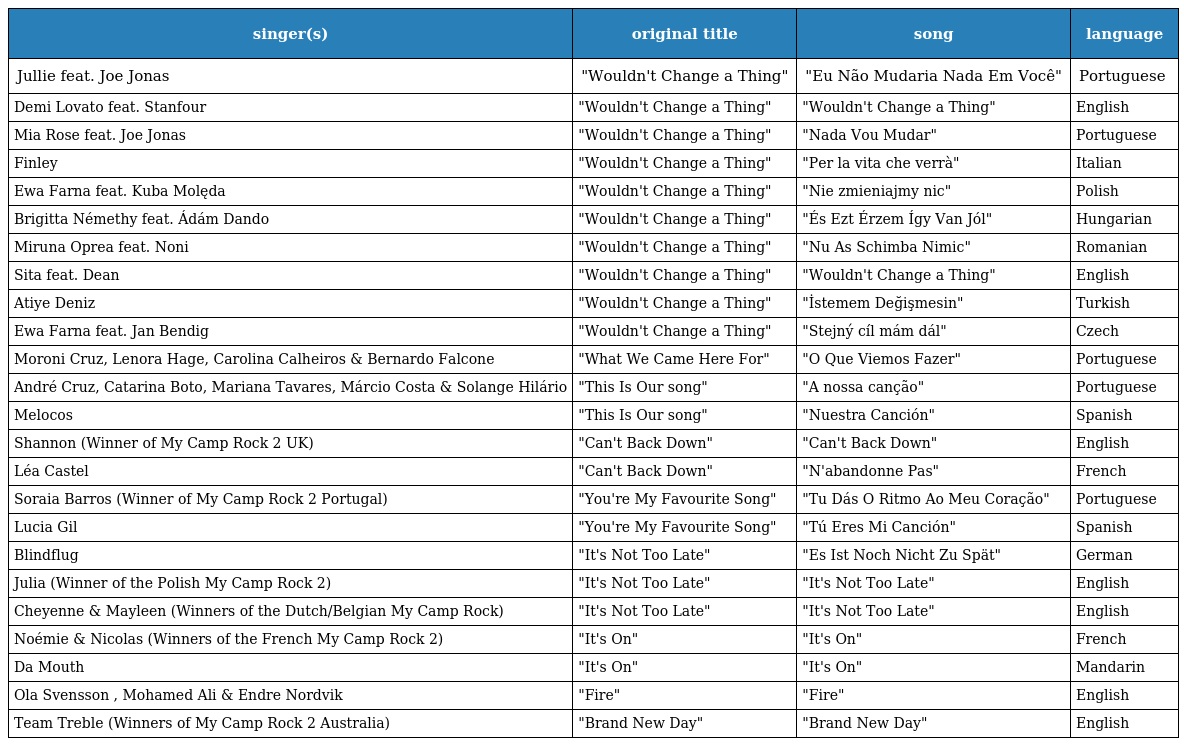
| singer(s) | original title | song | language |
 | --- | --- | --- | --- |
 | Jullie feat. Joe Jonas | "Wouldn't Change a Thing" | "Eu Não Mudaria Nada Em Você" | Portuguese |
 | Demi Lovato feat. Stanfour | "Wouldn't Change a Thing" | "Wouldn't Change a Thing" | English |
 | Mia Rose feat. Joe Jonas | "Wouldn't Change a Thing" | "Nada Vou Mudar" | Portuguese |
 | Finley | "Wouldn't Change a Thing" | "Per la vita che verrà" | Italian |
 | Ewa Farna feat. Kuba Molęda | "Wouldn't Change a Thing" | "Nie zmieniajmy nic" | Polish |
 | Brigitta Némethy feat. Ádám Dando | "Wouldn't Change a Thing" | "És Ezt Érzem Így Van Jól" | Hungarian |
 | Miruna Oprea feat. Noni | "Wouldn't Change a Thing" | "Nu As Schimba Nimic" | Romanian |
 | Sita feat. Dean | "Wouldn't Change a Thing" | "Wouldn't Change a Thing" | English |
 | Atiye Deniz | "Wouldn't Change a Thing" | "İstemem Değişmesin" | Turkish |
 | Ewa Farna feat. Jan Bendig | "Wouldn't Change a Thing" | "Stejný cíl mám dál" | Czech |
 | Moroni Cruz, Lenora Hage, Carolina Calheiros & Bernardo Falcone | "What We Came Here For" | "O Que Viemos Fazer" | Portuguese |
 | André Cruz, Catarina Boto, Mariana Tavares, Márcio Costa & Solange Hilário | "This Is Our song" | "A nossa canção" | Portuguese |
 | Melocos | "This Is Our song" | "Nuestra Canción" | Spanish |
 | Shannon (Winner of My Camp Rock 2 UK) | "Can't Back Down" | "Can't Back Down" | English |
 | Léa Castel | "Can't Back Down" | "N'abandonne Pas" | French |
 | Soraia Barros (Winner of My Camp Rock 2 Portugal) | "You're My Favourite Song" | "Tu Dás O Ritmo Ao Meu Coração" | Portuguese |
 | Lucia Gil | "You're My Favourite Song" | "Tú Eres Mi Canción" | Spanish |
 | Blindflug | "It's Not Too Late" | "Es Ist Noch Nicht Zu Spät" | German |
 | Julia (Winner of the Polish My Camp Rock 2) | "It's Not Too Late" | "It's Not Too Late" | English |
 | Cheyenne & Mayleen (Winners of the Dutch/Belgian My Camp Rock) | "It's Not Too Late" | "It's Not Too Late" | English |
 | Noémie & Nicolas (Winners of the French My Camp Rock 2) | "It's On" | "It's On" | French |
 | Da Mouth | "It's On" | "It's On" | Mandarin |
 | Ola Svensson , Mohamed Ali & Endre Nordvik | "Fire" | "Fire" | English |
 | Team Treble (Winners of My Camp Rock 2 Australia) | "Brand New Day" | "Brand New Day" | English |